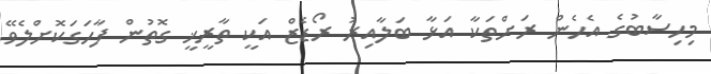
މިހިސާބުގެ އެހެން ރަށްތަކާ އަޅާ ބަލާއިރު ރޯޑެޒް އަކީ ތާރީޚީ ގޮތުން ފާހަގަކޮށްލެވޭ